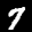
Label: 7